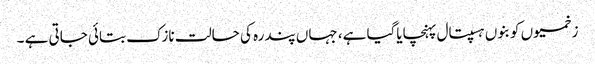
زخمیوں کو بنوں ہسپتال پہنچایاگیا ہے، جہاں پندرہ کی حالت نازک بتائی جاتی ہے ۔